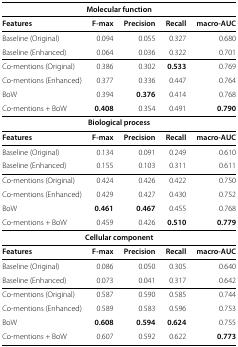
<table><thead><tr><td colspan="5"><b>Molecular function</b></td></tr></thead><tbody><tr><td><b>Features</b></td><td><b>F-max</b></td><td><b>Precision</b></td><td><b>Recall</b></td><td><b>macro-AUC</b></td></tr><tr><td>Baseline (Original)</td><td>0.094</td><td>0.055</td><td>0.327</td><td>0.680</td></tr><tr><td>Baseline (Enhanced)</td><td>0.064</td><td>0.036</td><td>0.322</td><td>0.701</td></tr><tr><td>Co-mentions (Original)</td><td>0.386</td><td>0.302</td><td><b>0.533</b></td><td>0.769</td></tr><tr><td>Co-mentions (Enhanced)</td><td>0.377</td><td>0.336</td><td>0.447</td><td>0.764</td></tr><tr><td>BoW</td><td>0.394</td><td><b>0.376</b></td><td>0.414</td><td>0.768</td></tr><tr><td>Co-mentions + BoW</td><td><b>0.408</b></td><td>0.354</td><td>0.491</td><td><b>0.790</b></td></tr><tr><td colspan="5"><b>Biological process</b></td></tr><tr><td><b>Features</b></td><td><b>F-max</b></td><td><b>Precision</b></td><td><b>Recall</b></td><td><b>macro-AUC</b></td></tr><tr><td>Baseline (Original)</td><td>0.134</td><td>0.091</td><td>0.249</td><td>0.610</td></tr><tr><td>Baseline (Enhanced)</td><td>0.155</td><td>0.103</td><td>0.311</td><td>0.611</td></tr><tr><td>Co-mentions (Original)</td><td>0.424</td><td>0.426</td><td>0.422</td><td>0.750</td></tr><tr><td>Co-mentions (Enhanced)</td><td>0.429</td><td>0.427</td><td>0.430</td><td>0.752</td></tr><tr><td>BoW</td><td><b>0.461</b></td><td><b>0.467</b></td><td>0.455</td><td>0.768</td></tr><tr><td>Co-mentions + BoW</td><td>0.459</td><td>0.426</td><td><b>0.510</b></td><td><b>0.779</b></td></tr><tr><td colspan="5"><b>Cellular component</b></td></tr><tr><td><b>Features</b></td><td><b>F-max</b></td><td><b>Precision</b></td><td><b>Recall</b></td><td><b>macro-AUC</b></td></tr><tr><td>Baseline (Original)</td><td>0.086</td><td>0.050</td><td>0.305</td><td>0.640</td></tr><tr><td>Baseline (Enhanced)</td><td>0.073</td><td>0.041</td><td>0.317</td><td>0.642</td></tr><tr><td>Co-mentions (Original)</td><td>0.587</td><td>0.590</td><td>0.585</td><td>0.744</td></tr><tr><td>Co-mentions (Enhanced)</td><td>0.589</td><td>0.583</td><td>0.596</td><td>0.753</td></tr><tr><td>BoW</td><td><b>0.608</b></td><td><b>0.594</b></td><td><b>0.624</b></td><td>0.755</td></tr><tr><td>Co-mentions + BoW</td><td>0.607</td><td>0.592</td><td>0.622</td><td><b>0.773</b></td></tr></tbody></table>